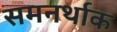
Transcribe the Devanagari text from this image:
समनर्थाक